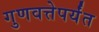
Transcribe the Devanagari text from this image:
गुणवत्तेपर्यंत